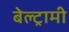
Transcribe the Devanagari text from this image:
बेल्ट्रामी